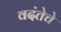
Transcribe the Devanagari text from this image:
वदंतेचे